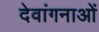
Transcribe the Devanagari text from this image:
देवांगनाओं